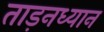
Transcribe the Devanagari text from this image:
ताड़नध्यान